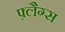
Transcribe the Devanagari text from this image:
फ़्लैग्स